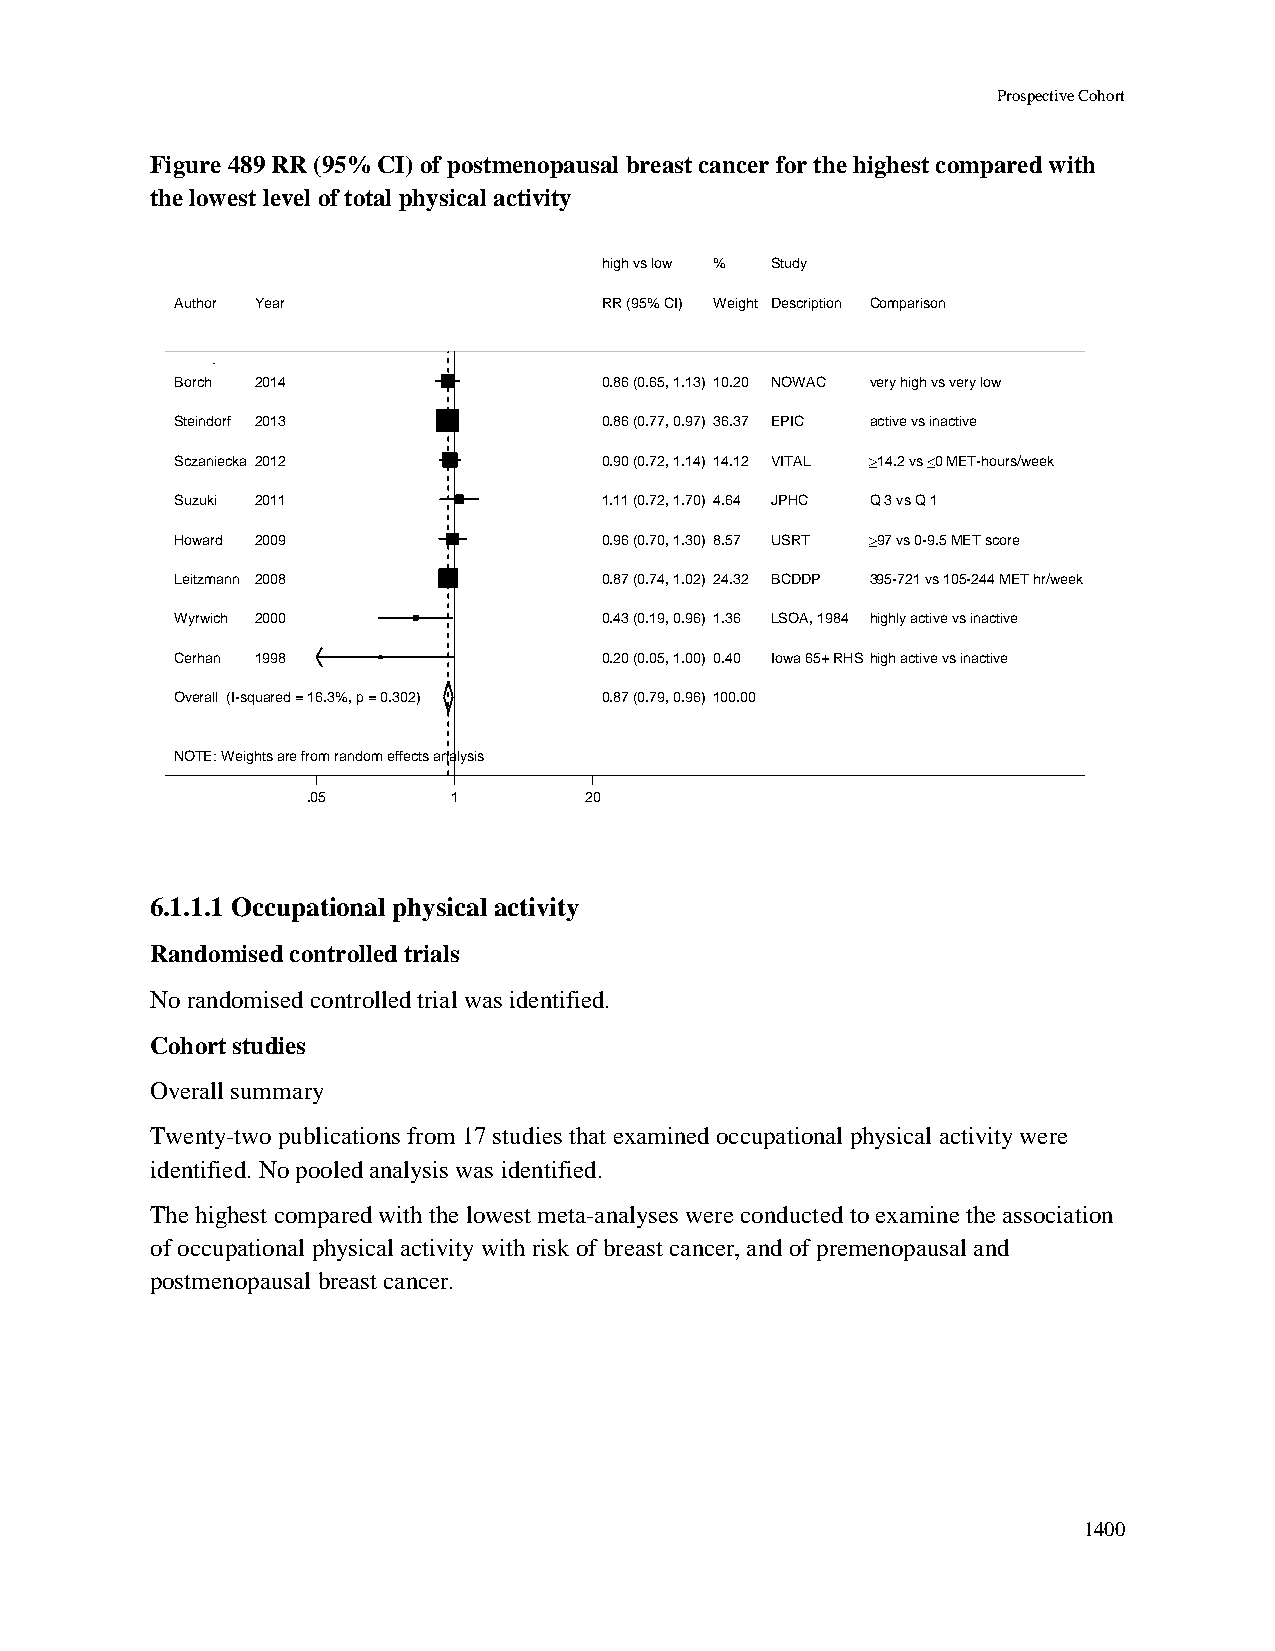
Prospective Cohort
 Figure 489 RR (95% CI) of postmenopausal breast cancer for the highest compared with
 the lowest level of total physical activity
 hhiigghh vvss llooww %% Study
 Author Year                 RRRR ((9955%% CCII)) WWeeiigghhtt Description Comparison
 Borch 2014                  00..8866 ((00..6655,, 11..1133)) 1100..2200 NOWAC very high vs very low
 Steindorf 2013              00..8866 ((00..7777,, 00..9977)) 3366..3377 EPIC active vs inactive
 Sczaniecka 2012             00..9900 ((00..7722,, 11..1144)) 1144..1122 VITAL 14.2 vs 0 MET-hours/week
 Suzuki 2011                 11..1111 ((00..7722,, 11..7700)) 44..6644 JPHC Q 3 vs Q 1
 Howard 2009                 00..9966 ((00..7700,, 11..3300)) 88..5577 USRT 97 vs 0-9.5 MET score
 Leitzmann 2008              00..8877 ((00..7744,, 11..0022)) 2244..3322 BCDDP 395-721 vs 105-244 MET hr/week
 Wyrwich 2000                00..4433 ((00..1199,, 00..9966)) 11..3366 LSOA, 1984 highly active vs inactive
 Cerhan 1998                 00..2200 ((00..0055,, 11..0000)) 00..4400 Iowa 65+ RHS high active vs inactive
 Overall (I-squared = 16.3%, p = 0.302) 00..8877 ((00..7799,, 00..9966)) 110000..0000
 NOTE: Weights are from random effects analysis
 .05       11       20
 6.1.1.1 Occupational physical activity
 Randomised controlled trials
 No randomised controlled trial was identified.
 Cohort studies
 Overall summary
 Twenty-two publications from 17 studies that examined occupational physical activity were
 identified. No pooled analysis was identified.
 The highest compared with the lowest meta-analyses were conducted to examine the association
 of occupational physical activity with risk of breast cancer, and of premenopausal and
 postmenopausal breast cancer.
 1400